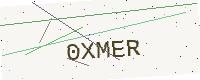
Text: 0XMER